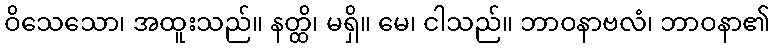
ဝိသေသော၊ အထူးသည်။ နတ္ထိ၊ မရှိ။ မေ၊ ငါသည်။ ဘာဝနာဗလံ၊ ဘာဝနာ၏